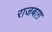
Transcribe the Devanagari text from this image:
राजबाग़